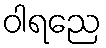
ဝါရညေ